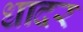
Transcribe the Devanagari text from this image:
धादर